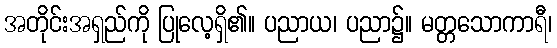
အတိုင်းအရှည်ကို ပြုလေ့ရှိ၏။ ပညာယ၊ ပညာ၌။ မတ္တသောကာရီ၊